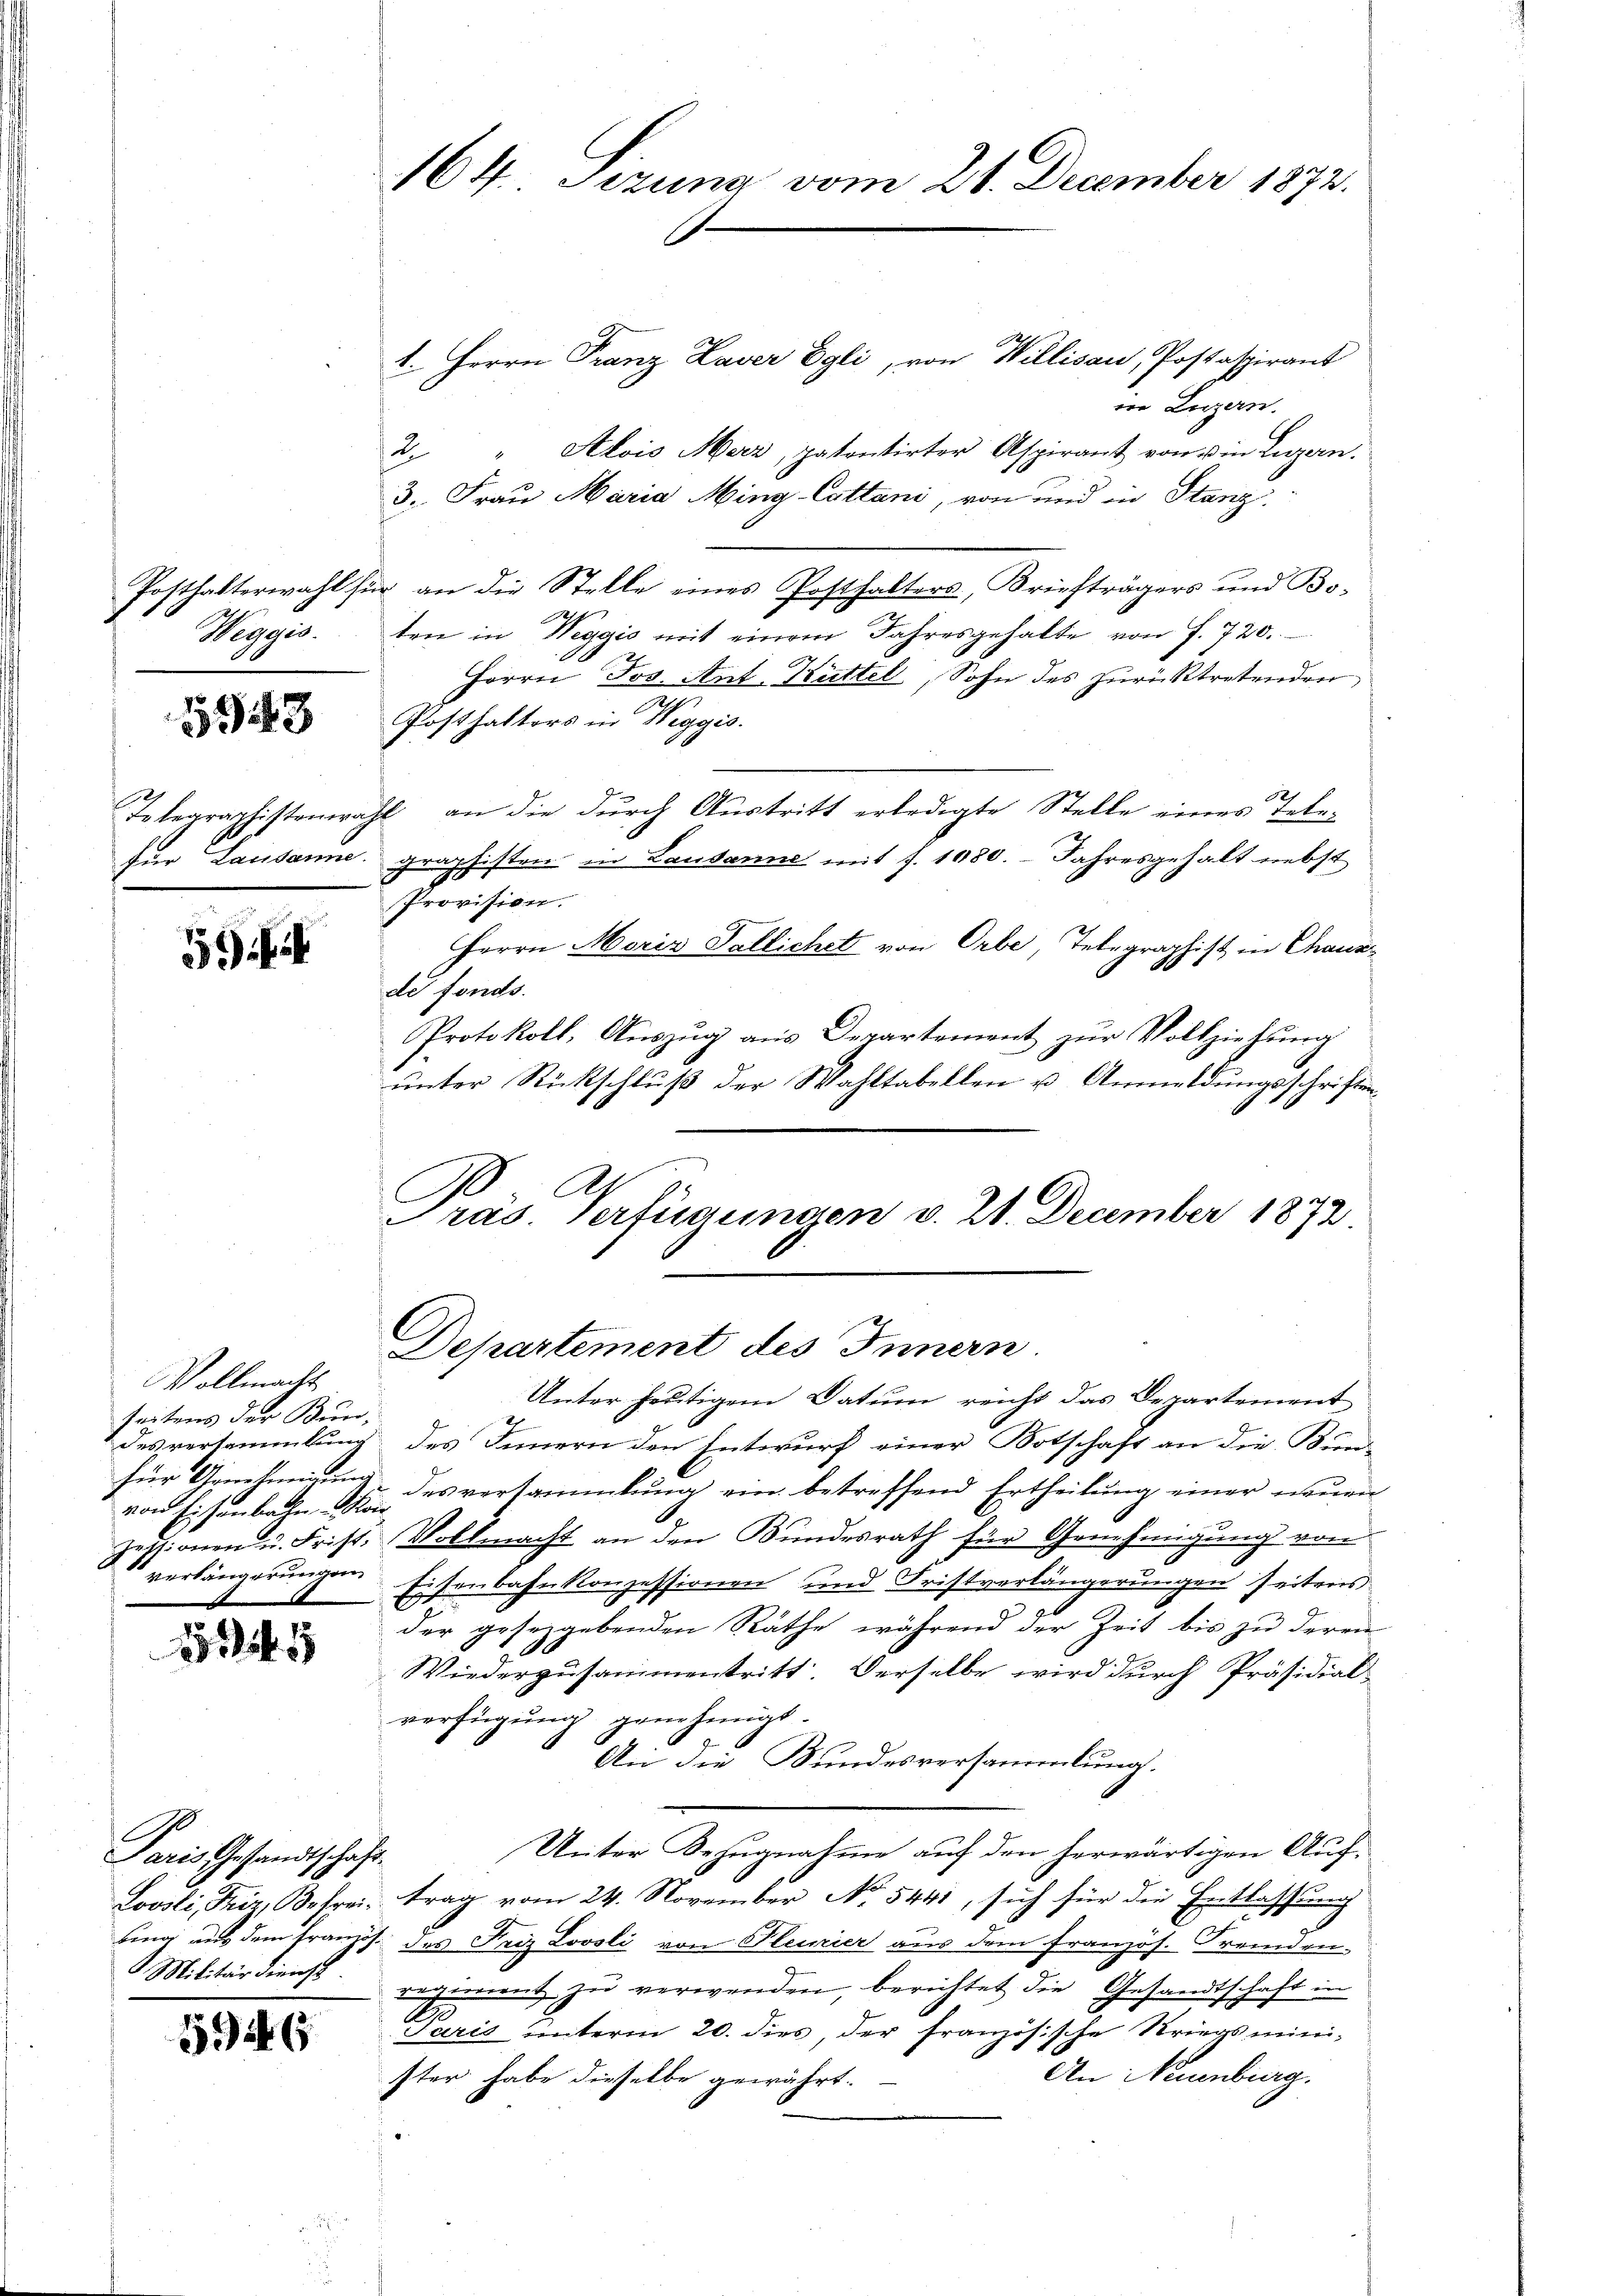
Weggis.

1943

5

Vollmacht
seitens der Bundes versammlung
für Genehmigung
von Eisenbahn Kor
Zessionen u. Frist.
verlängerungen

25 rt. 15

Paris Gesandtschaft.
Loosli, Friz, Befrei¬
Militärdienst

1562. 65

164. Sizung vom 21. December 1872.

1. Herrn Franz Laver Egli, von Willisau, Postaspirant
in Luzern.
2. " Alois Merz, patentirter Aspirant von u in Luzern.
3. Frau Maria Miny-Cattani, von und in Stanz
Posthalterwahl für an die Stelle eines Posthalters, Briefträgers und Bo¬
Ag
ten in Weggis mit einem Jahresgehalte von f. 720.
Herrn Jos. Ant. Küttel, Sohn des zurücktretenden
Postfaktors in Weggis.
Telegraphistenwahl, an die durch Austritt erledigte Stelle eines Telefür Lausanne graphisten in Landanne mit f. 1080. Jahresgehalt nebst
5
Provision.
Herrn Moris Sallichet von Orbe, Telegraphist in Chaux-
de fonds.
Protokoll, Auszug aus Departement zur Vollziehung
unter Rückschluß der Wahltabellen u. Anmeldungsschriften¬

E
Präs. Verfügungen v. 21. December 1873.
C
Departement des Innern
Unter heutigem Datum reicht das Departement

des Innern den Entwurf einer Botschaft an die Bun-
des versammlung ein betreffend Ertheilung einer neuen
Vollmacht an den Bundesrath für Genehmigung von
Eisenbahnkonzessionen und Fristverlängerungen seitens
1
der gesetzgebenden Räthe während der Zeit bis zu deren
Wiederzusammentritt. Derselbe wird durch Präsidial-
verfügung genehmigt.
An die Bundesversammlung.
Unter Bezugnahme auf den herwärtigen Auftrag vom 24. November No. 5441, sich für die Entlassung
bing aus dem französ. des Friz Loosli von Pleizier aus dem französ. Fremden.
ement zu verwenden, berichtet die Gesandtschaft in
Paris unterm 20. dies, der französische Kriegsmini¬
An Neuenburg.
ster habe dieselbe gewährt.